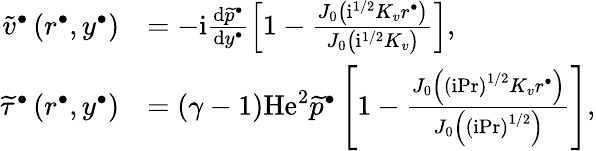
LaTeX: \begin{array}{rl}{\widetilde{v}^{\bullet}\left(r^{\bullet},y^{\bullet}\right)}&{=-\mathrm{i}\frac{\mathrm{d}\widetilde{p}^{\bullet}}{\mathrm{d}y^{\bullet}}\left[1-\frac{J_{0}\left(\mathrm{i}^{1/2}K_{v}r^{\bullet}\right)}{J_{0}\left(\mathrm{i}^{1/2}K_{v}\right)}\right],}\\ {\widetilde{\tau}^{\bullet}\left(r^{\bullet},y^{\bullet}\right)}&{=\left(\gamma-1\right)\mathrm{He}^{2}\widetilde{p}^{\bullet}\left[1-\frac{J_{0}\left(\left(\mathrm{i}\mathrm{Pr}\right)^{1/2}K_{v}r^{\bullet}\right)}{J_{0}\left(\left(\mathrm{i}\mathrm{Pr}\right)^{1/2}\right)}\right],}\end{array}